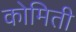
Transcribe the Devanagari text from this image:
कोमिती